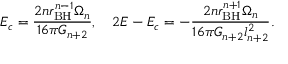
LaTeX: E _ { c } = \frac { 2 n r _ { \mathrm { B H } } ^ { n - 1 } \Omega _ { n } } { 1 6 \pi G _ { n + 2 } } , \ \ \ 2 E - E _ { c } = - \frac { 2 n r _ { \mathrm { B H } } ^ { n + 1 } \Omega _ { n } } { 1 6 \pi G _ { n + 2 } l _ { n + 2 } ^ { 2 } } .